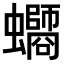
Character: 𧔸